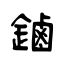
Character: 鏀